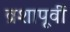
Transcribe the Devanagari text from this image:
व्रशापूर्वी